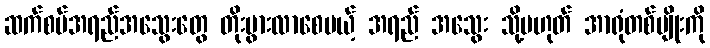
ဆက်စပ်အရည်အသွေးတွေ တိုးပွားလာစေမယ့် အရည် အသွေး သို့မဟုတ် အာရုံတစ်မျိုးကို